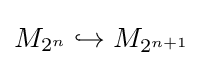
M_{2^{n}}\hookrightarrow M_{2^{n+1}}